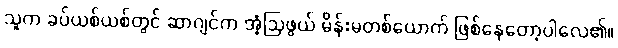
သူက ခပ်ယစ်ယစ်တွင် ဆာဂျင်က အံ့ဩဖွယ် မိန်းမတစ်ယောက် ဖြစ်နေတော့ပါလေ၏။